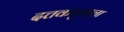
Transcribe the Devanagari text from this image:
दत्तकपुत्राला